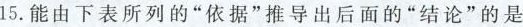
15.能由下表所列的“依据”推导出后面的“结论”的是